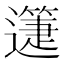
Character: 𨘉